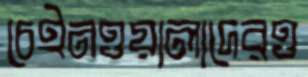
চেইনওয়ালাদেরও